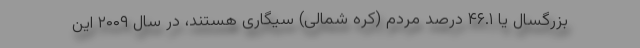
بزرگسال یا ۴۶.۱ درصد مردم (کره شمالی) سیگاری هستند، در سال ۲۰۰۹ این